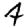
Digit: 4